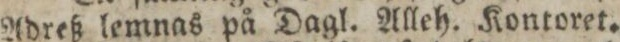
Adreß lemnas på Dagl. Alleh. Kontoret.